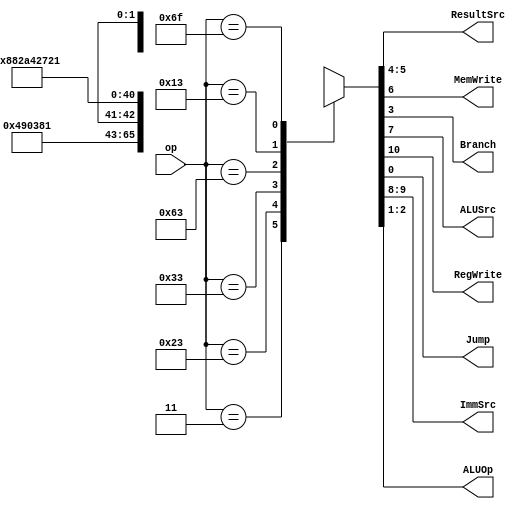
module maindec(input wire [6:0] op,
	output wire [1:0] ResultSrc,
	output wire MemWrite,
	output wire Branch, ALUSrc,
	output wire RegWrite, Jump,
	output wire [1:0] ImmSrc,
	output wire [1:0] ALUOp);
	reg [10:0] controls;
assign {RegWrite, ImmSrc, ALUSrc, MemWrite,
	ResultSrc, Branch, ALUOp, Jump} = controls;
always@ * begin
case(op)
// RegWrite_ImmSrc_ALUSrc_MemWrite_ResultSrc_Branch_ALUOp_Jump
7'b0000011: controls = 11'b1_00_1_0_01_0_00_0; // lw
7'b0100011: controls = 11'b0_01_1_1_00_0_00_0; // sw
7'b0110011: controls = 11'b1_xx_0_0_00_0_10_0; // Rtype
7'b1100011: controls = 11'b0_10_0_0_00_1_01_0; // beq
7'b0010011: controls = 11'b1_00_1_0_00_0_10_0; // Itype ALU
7'b1101111: controls = 11'b1_11_0_0_10_0_00_1; // jal
default: controls = 11'bx_xx_x_x_xx_x_xx_x; 
endcase
end
endmodule